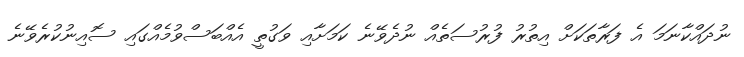
ނުދައްކާނަމަ އެ ފަރާތަކަށް އިތުރު ފުރުސަތެއް ނުދެވޭނެ ކަމަށާއި ވަގުތީ އެއްބަސްވުމެއްގައި ސޮއިނުކުރެވޭނެ